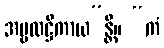
အမ္ဗလဋ္ဌိကာယ”န္တိ။ “ကံ